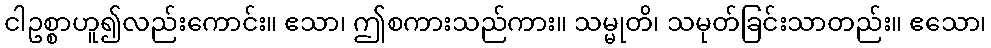
ငါဥစ္စာဟူ၍လည်းကောင်း။ ဧသာ၊ ဤစကားသည်ကား။ သမ္မုတိ၊ သမုတ်ခြင်းသာတည်း။ ဧသော၊